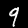
Label: 9